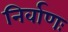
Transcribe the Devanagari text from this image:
निर्वाणः